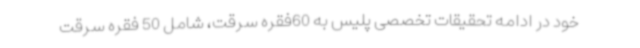
خود در ادامه تحقیقات تخصصی پلیس به 60فقره سرقت، شامل 50 فقره سرقت